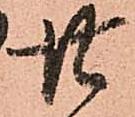
廿